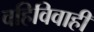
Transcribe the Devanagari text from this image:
वहिविवाही